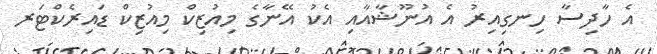
އެ ހާދިސާ ހިނގިއިރު އެ އުނޫޝާއާއި އެކު އޭނާގެ މިއުޒިކް މިއުޒިކް ޑައިރެކްޓަރ